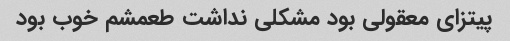
پیتزای معقولی بود مشکلی نداشت طعمشم خوب بود